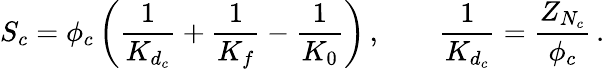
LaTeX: S_{c}=\phi_{c}\left(\frac{1}{K_{d_{c}}}+\frac{1}{K_{f}}-\frac{1}{K_{0}}\right)\, ,\qquad\frac{1}{K_{d_{c}}}=\frac{Z_{N_{c}}}{\phi_{c}}\, .